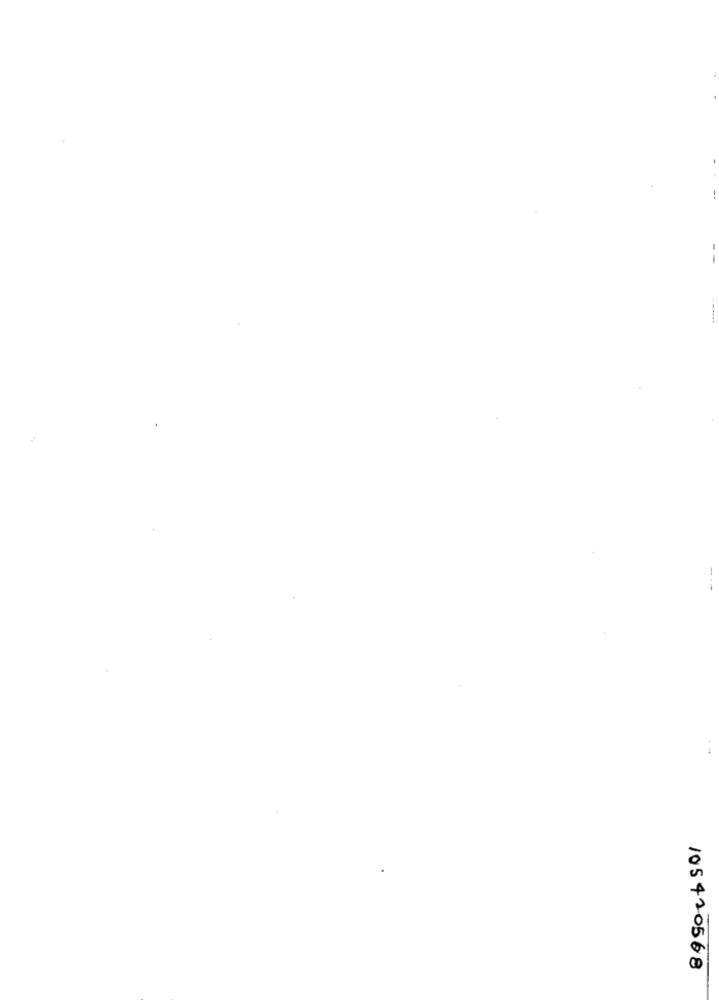
105420568